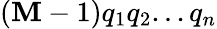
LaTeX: (\mathbf{M}-1)q_{1}q_{2}...q_{n}